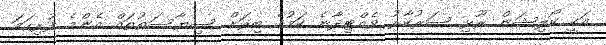
އަކީ ކޯލިޝަން ރޫޅި ސަރުކާރު ވެއްޓިދާނެ ކަމުގެ ބިރަށް ސިޔާސަތުތައް އެންމެ ފުރިހަމަ